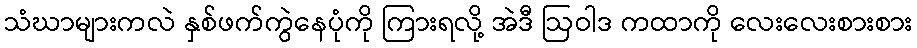
သံဃာများကလဲ နှစ်ဖက်ကွဲနေပုံကို ကြားရလို့ အဲဒီ ဩဝါဒ ကထာကို လေးလေးစားစား